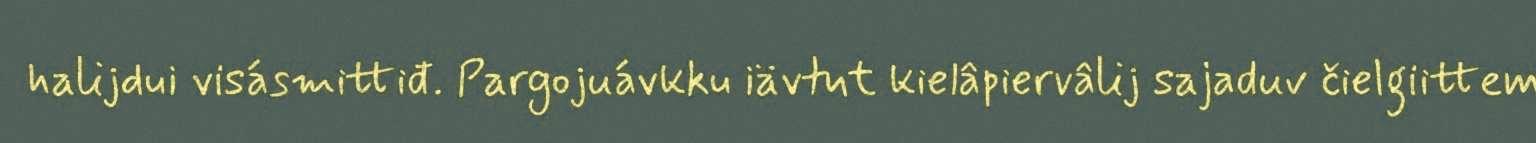
halijdui visásmittiđ. Pargojuávkku iävtut kielâpiervâlij sajaduv čielgiittem